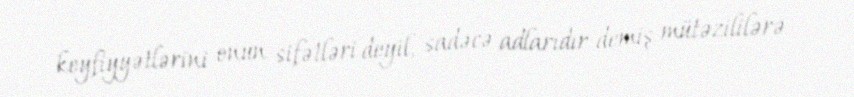
keyfiyyətlərini onun sifətləri deyil, sadəcə adlarıdır demiş mütəzililərə